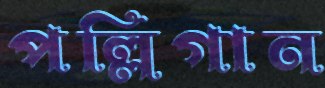
পল্লিগান